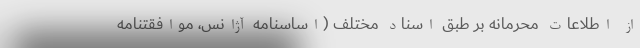
از اطلاعات محرمانه بر طبق اسناد مختلف (اساسنامه آژانس، موافقتنامه